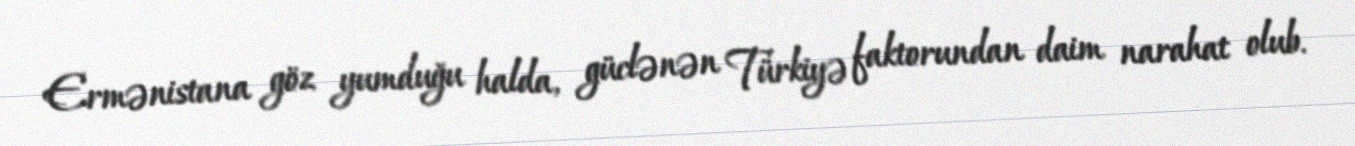
Ermənistana göz yumduğu halda, güclənən Türkiyə faktorundan daim narahat olub.